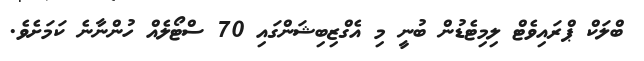
ބްލަކް ޕްރައިވެޓް ލިމިޓެޑުން ބުނީ މި އެގްޒިބިޝަންގައި 70 ސްޓޯލެއް ހުންނާނެ ކަމަށެވެ.